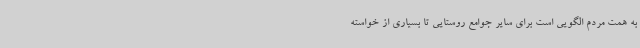
به همت مردم الگویی است برای سایر جوامع روستایی تا بسیاری از خواسته